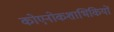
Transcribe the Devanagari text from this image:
कोएनोकशाभिकियों